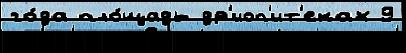
го́да пло́щадь др'иоп'ит'еках 9